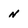
Character: N